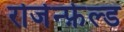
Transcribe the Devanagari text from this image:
रोजेन्फ़ेल्ड